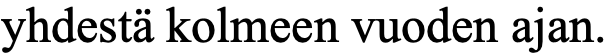
yhdestä kolmeen vuoden ajan.